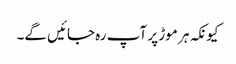
کیونکہ ہر موڑ پر آپ رہ جائیں گے۔